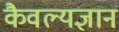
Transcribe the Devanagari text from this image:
कैवल्यज्ञान